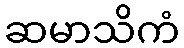
ဆမာသိကံ